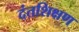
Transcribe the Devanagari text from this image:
दंतशिक्षण